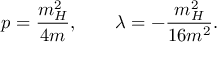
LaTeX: p = \frac { m _ { H } ^ { 2 } } { 4 m } , \quad \quad \lambda = - \frac { m _ { H } ^ { 2 } } { 1 6 m ^ { 2 } } .